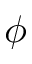
\phi